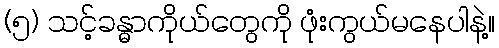
(၅) သင့်ခန္ဓာကိုယ်တွေကို ဖုံးကွယ်မနေပါနဲ့။